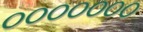
૦૦૦૦૦૦૦